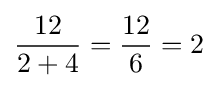
{\frac {12}{2+4}}={\frac {12}{6}}=2